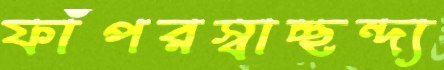
ফাঁপরস্বাচ্ছন্দ্য